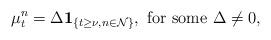
LaTeX: \begin{align*} \mu^{n}_{t} = \Delta \mathbf{1}_{\{t \geq \nu, n \in \mathcal{N}\}}, \mbox{ for some } \Delta \neq 0,\end{align*}